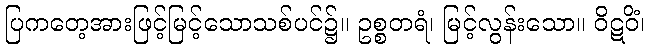
ပြကတေ့အားဖြင့်မြင့်သောသစ်ပင်၌။ ဥစ္စတရံ၊ မြင့်လွန်းသော။ ဝိဋဝိံ၊